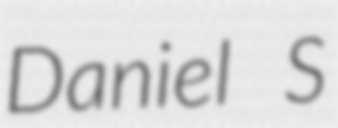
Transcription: Daniel S